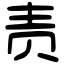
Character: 责